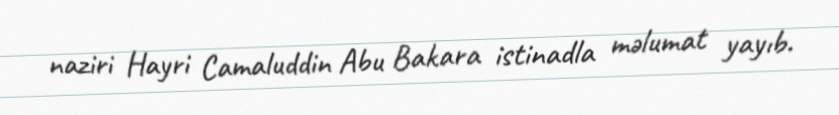
naziri Hayri Camaluddin Abu Bakara istinadla məlumat yayıb.